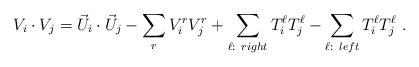
LaTeX: \begin{align*}V_i \cdot V_j = {\vec U}_i \cdot {\vec U}_j - \sum_{r} V^r_i V^r_j +\sum_{\ell: ~right} T^\ell_i T^\ell_j -\sum_{\ell: ~left} T^\ell_i T^\ell_j ~.\end{align*}